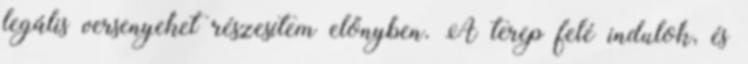
legális versenyeket részesítem előnyben. A terep felé indulok, és